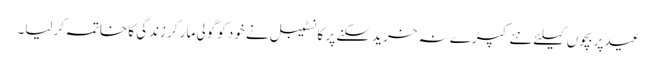
عید پر بچوں کیلئے نئے کپڑے نہ خرید سکنے پر کانسٹیبل نے خود کو گولی مار کر زندگی کا خاتمہ کرلیا۔